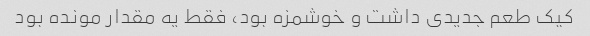
کیک طعم جدیدی داشت و خوشمزه بود، فقط یه مقدار مونده بود